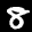
Label: 8